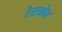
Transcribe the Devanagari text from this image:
रेराखोल